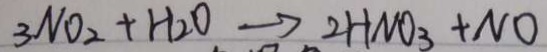
3 N O _ { 2 } + H _ { 2 } O \rightarrow 2 H N O _ { 3 } + N O